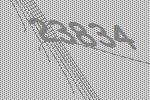
23834